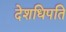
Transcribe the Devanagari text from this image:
देशधिपति